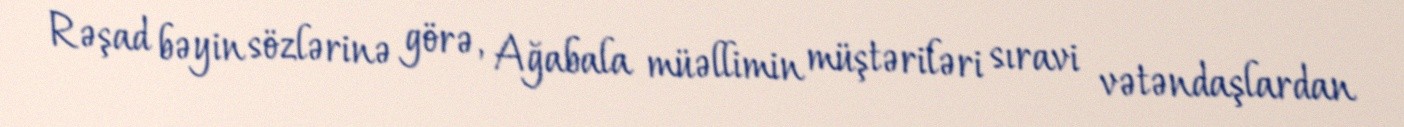
Rəşad bəyin sözlərinə görə, Ağabala müəllimin müştəriləri sıravi vətəndaşlardan